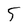
Character: 5